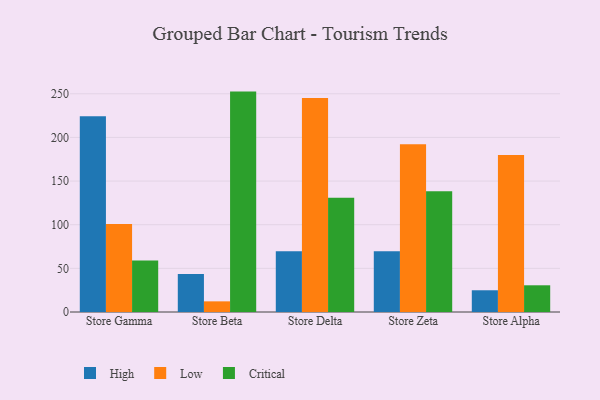
{"axis": {"x": "Store", "y": "Customer Acquisition Cost (USD)"}, "legend": ["Critical", "High", "Low"], "data": [{"x": "Store Gamma", "y": 224.3, "type": "High"}, {"x": "Store Gamma", "y": 100.8, "type": "Low"}, {"x": "Store Gamma", "y": 59.1, "type": "Critical"}, {"x": "Store Beta", "y": 43.4, "type": "High"}, {"x": "Store Beta", "y": 12.2, "type": "Low"}, {"x": "Store Beta", "y": 252.5, "type": "Critical"}, {"x": "Store Delta", "y": 69.6, "type": "High"}, {"x": "Store Delta", "y": 245.2, "type": "Low"}, {"x": "Store Delta", "y": 130.8, "type": "Critical"}, {"x": "Store Zeta", "y": 69.7, "type": "High"}, {"x": "Store Zeta", "y": 192.2, "type": "Low"}, {"x": "Store Zeta", "y": 138.2, "type": "Critical"}, {"x": "Store Alpha", "y": 24.9, "type": "High"}, {"x": "Store Alpha", "y": 179.8, "type": "Low"}, {"x": "Store Alpha", "y": 30.6, "type": "Critical"}]}